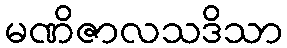
မဏိဇာလသဒိသာ